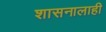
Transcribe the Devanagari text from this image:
शासनालाही